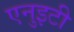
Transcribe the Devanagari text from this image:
एनुइटी